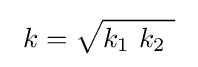
\ k={\sqrt {k_{1}\ k_{2}\ }}\